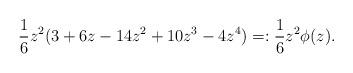
LaTeX: \begin{align*}\frac{1}{6} z^2 (3+ 6z-14z^2+10z^3-4 z^4)=:\frac{1}{6} z^2 \phi(z).\end{align*}